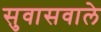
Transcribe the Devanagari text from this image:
सुवासवाले